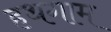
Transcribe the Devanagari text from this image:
हथगाम